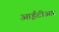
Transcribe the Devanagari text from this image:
आईटीआर